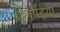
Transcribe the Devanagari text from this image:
बीलोडिया